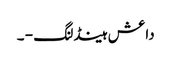
داعش ہینڈلنگ - ۔